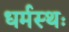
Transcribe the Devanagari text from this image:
धर्मस्थः